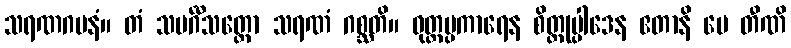
သရဏဂမနံ။ တံ သမင်္ဂီသတ္တော သရဏံ ဂစ္ဆတိ။ ဝုတ္တပ္ပကာရေန စိတ္တုပ္ပါဒေန ဧတာနိ မေ တီဏိ